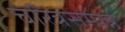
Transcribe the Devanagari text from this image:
चरित्रसम्पन्न